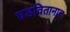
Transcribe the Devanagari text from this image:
घडवितानाच